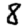
Digit: 8